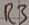
Text: R3